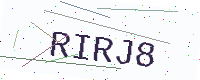
Text: RIRJ8